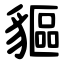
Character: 貙